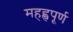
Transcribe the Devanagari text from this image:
महह्वपूर्ण